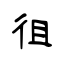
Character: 徂